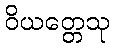
ဝိယတ္တေသု